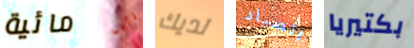
مائية تأبى لديك الصياد بكتيريا